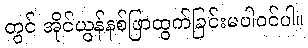
တွင် အိုင်ယွန်နစ်ဖြာထွက်ခြင်းမပါဝင်ပါ။